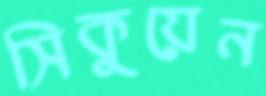
সিকুয়েন